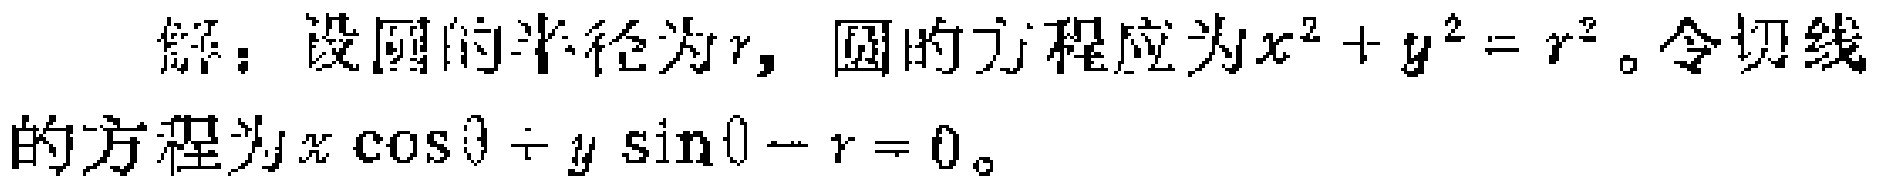
解：设圆的半径为\(r\)，圆的方程应为\(x^{2}+y^{2}=r^{2}\)。令切线的方程为\(x\cos\theta + y\sin\theta - r = 0\)。